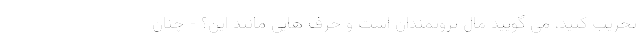
تخریب کنید، می گویید مال ثروتمندان است و حرف هایی مانند این؟ - چنان